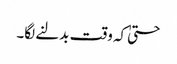
حتیٰ کہ وقت بدلنے لگا۔